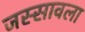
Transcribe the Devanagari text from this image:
जस्सावला